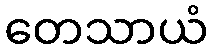
တေသာယံ